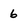
Character: 6